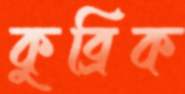
কুব্রিক